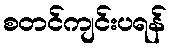
စတင်ကျင်းပရန်